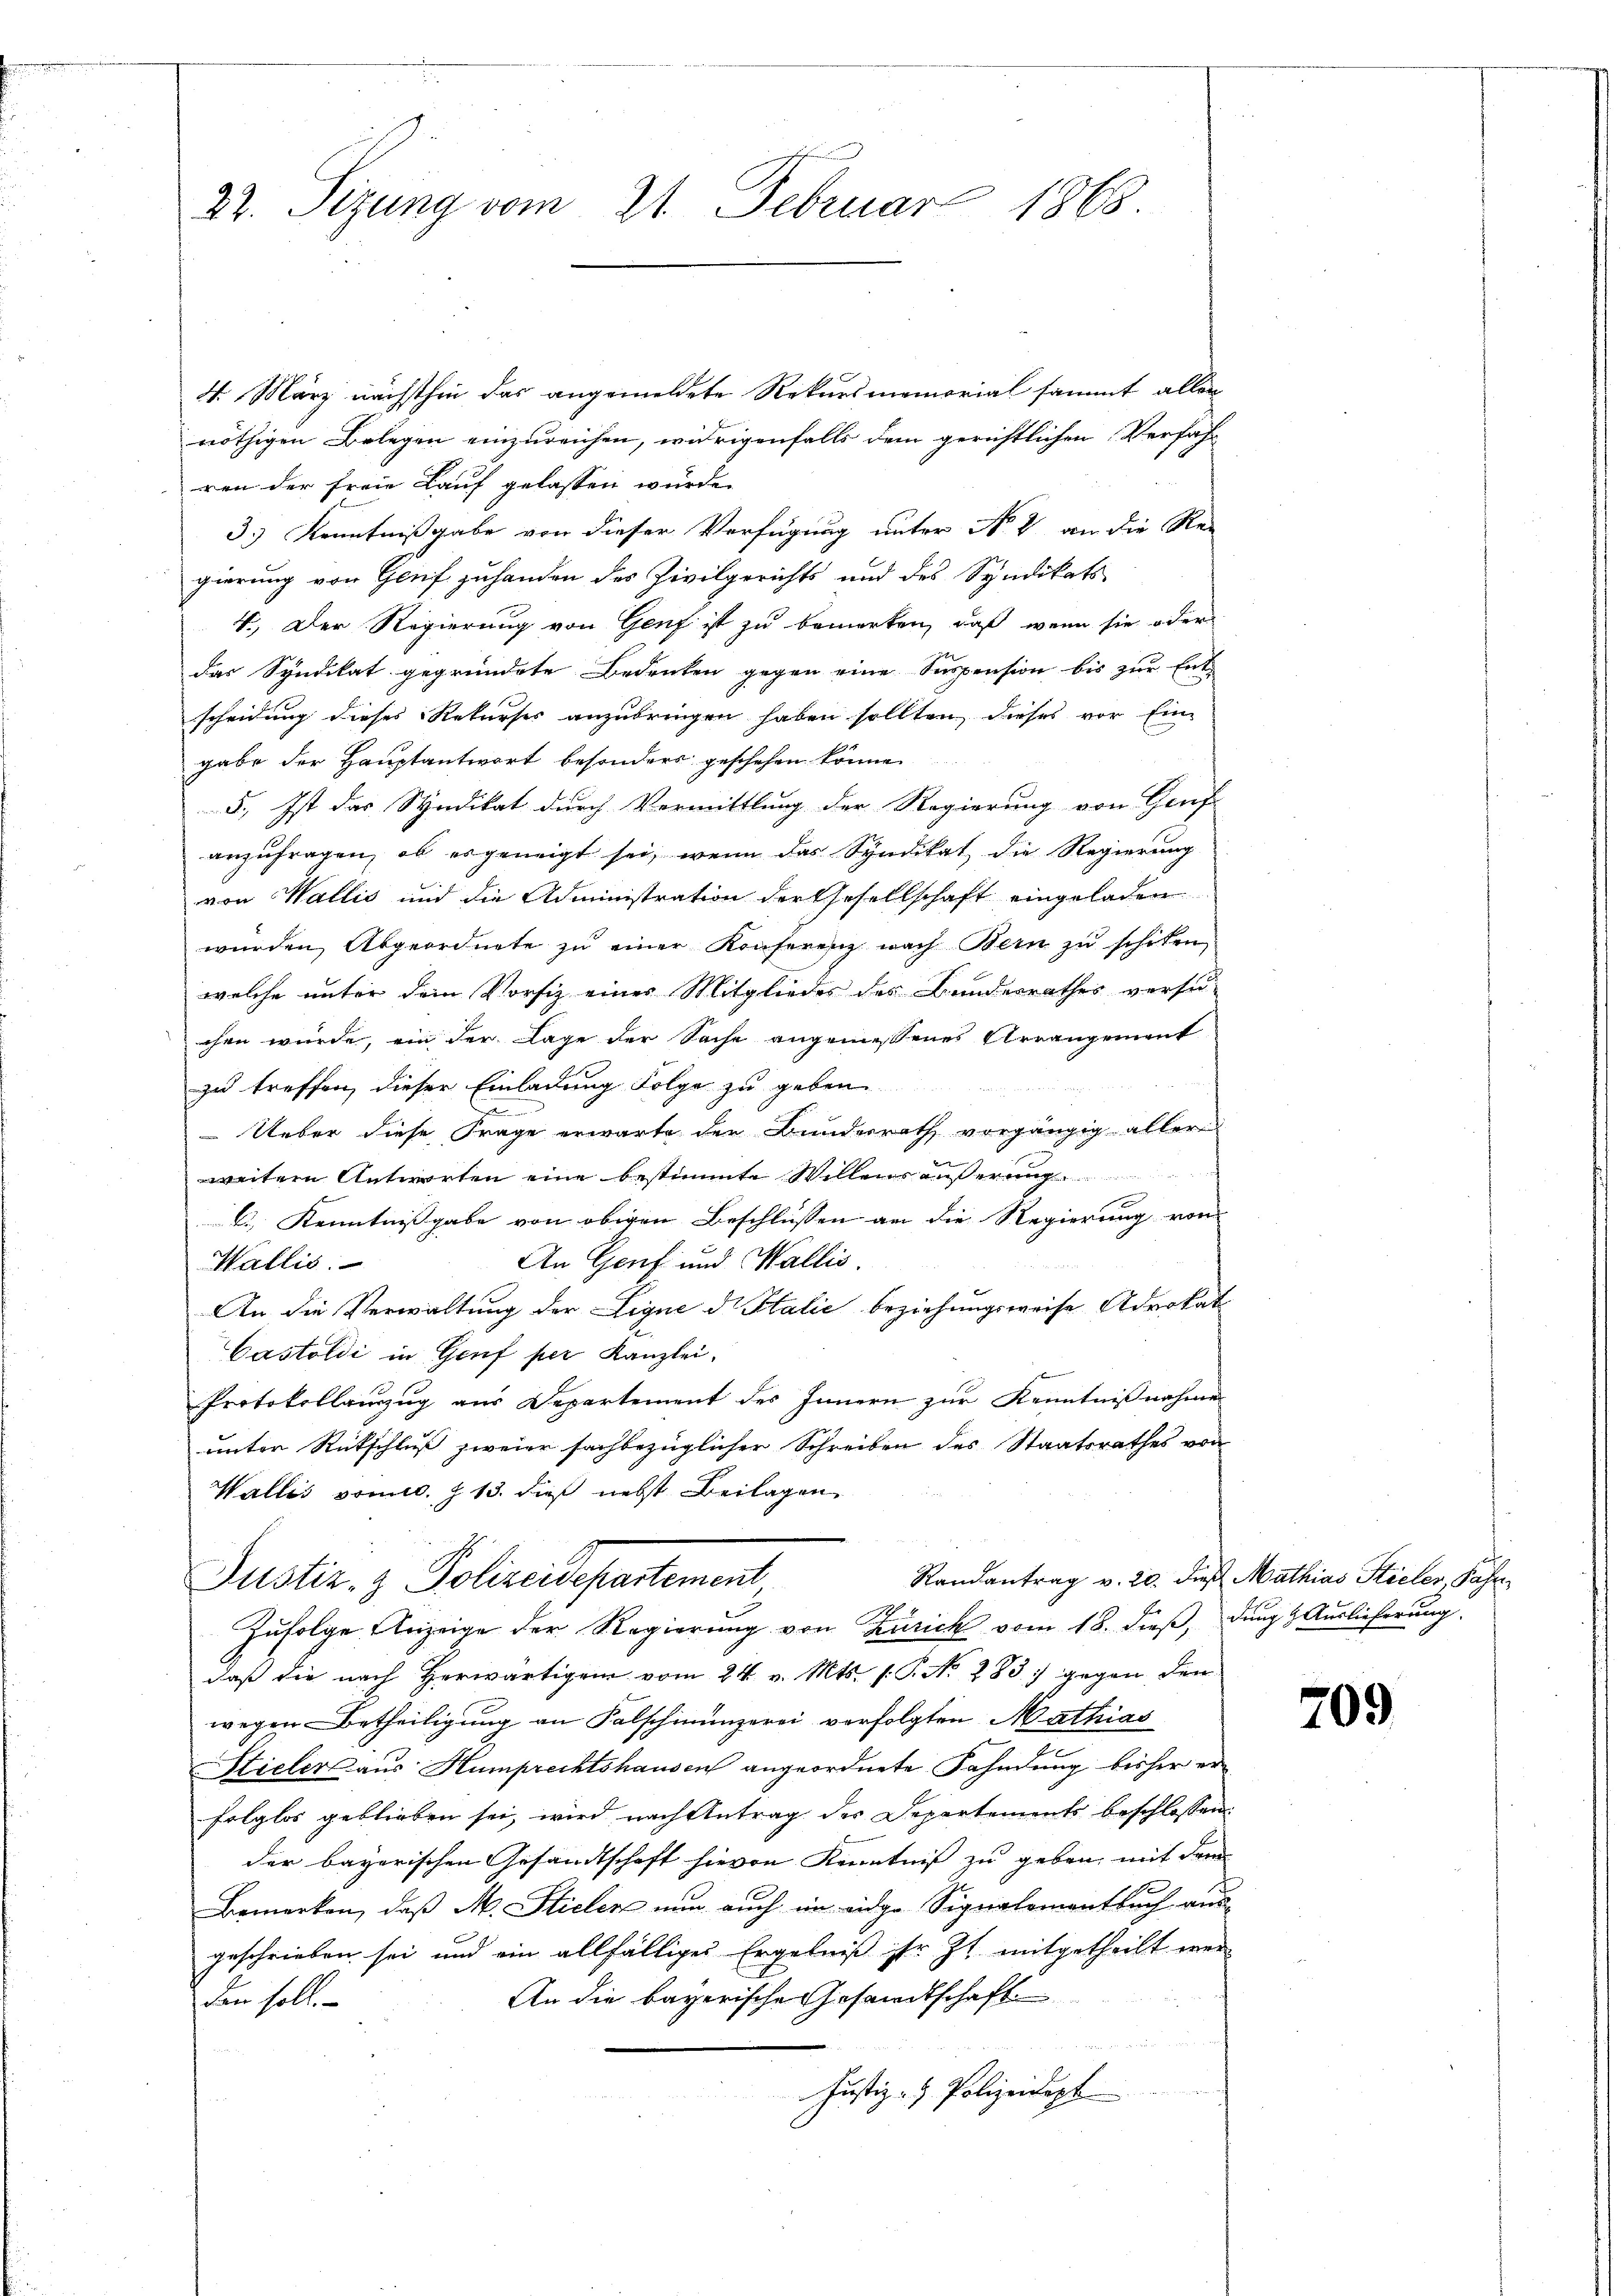
22. Sizung vom 21. Februar 1868.

4. März nächsthin das angemeldete Rekursmemorial sammt allen
nöthigen Belegen einzureichen, widrigenfalls dem gerichtlichen Verfahr
ren der freie Lauf gelassen wurde.
3.) Kenntnißgabe von dieser Verfügung unter No. 8 an die Re-
gierung von Genf zuhanden des Zivilgerichts und des Syndikats
4.) Der Regierung von Genf ist zu bemerken, daß wenn sie oder
der Syndikat gegründete Bedenken gegen eine Suspension bis zur Entscheidung dieses Rekurses anzubringen haben sollten, dieses vor Ein-
gabe der Hauptantwort besonders geschehen könne.
5., Ist das Syndikat durch Vermittlung der Regierung von Genf
anzufragen, ob es geneigt sei, wenn das Syndikat die Regierung
von Wallis und die Administration der Gesellschaft eingeladen
wurden, Abgeordnete zu einer Konferenz nach Bern zu schiken,
welche unter dem Vorsiz einer Mitgliedes des Bundesrathes versu-
chen würde, ein der Lage der Sache angemessenes Arrangement
zu treffen, dieser Einladung Folge zu geben.
Ueber diese Frage erwarte den Bundesrath vorgängig aller
. . . . .
weitern Antworten eine bestimmte Willens äußerung
.
C. Kenntnißgabe von obigen Beschlüssen an die Regierung von
An Genf und Wallis
Wallis.
An die Verwaltung der Lique di Salić beziehungsweise Advokat
Castoldi in Genf per Kanzlei.
Protokollauszug aus Departement des Innern zur Kenntnißnahme
unter Rütschluß zweier sachbezüglicher Schreiben des Staatsrathes von
Wallis vom s. Z. 13. dieß nebst Beilagen
Randantrag v. 20. dieß Mathias Stieler, Jahr
Justiz- & Polizeidepartement
Zufolge Anzeige der Regierung von Zürich vom 18. dieß, dung & Auslieferung.
daß die nach Herwärtigen vom 24. v. Mts. (: P. No. 283 gegen den
wegen Betheiligung an Falschmunzerei verfolgten Mathias
Stieler aus Humprechtshausen angeordnete Fahndung bisher erfolglos geblieben sei, wird nach Antrag des Departements beschlossen:
der bayerischen Gesandtschaft hievon Kenntniß zu geben, mit dem
Bemerken, daß M. Stielen nun auch im eidge Signalementbuch aus
geschrieben sei und ein allfälliges Ergebniß ihr Zt. mitgetheilt wer¬
An die bayerische Gesandtschaft
den soll.
Justiz- & Polizeidept

709